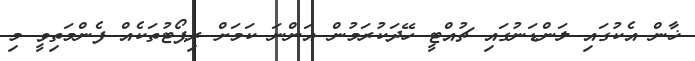
ޚާން އެކުގައި ލަންޑަނުގައި ޗުއްޓީ ހޭދަކުރަމުން އަންނަ ކަމަށް ރިޕޯޓުތަކެއް ފެންމަތިވީ މި